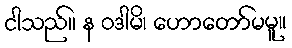
ငါသည်။ န ဝဒါမိ၊ ဟောတော်မမူ။